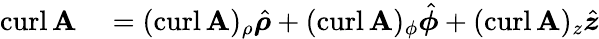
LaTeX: \begin{array}{rl}{\operatorname{curl}\mathbf{A}}&{{}=(\operatorname{curl}\mathbf{A})_{\rho}{\hat{\boldsymbol{\rho}}}+(\operatorname{curl}\mathbf{A})_{\phi}{\hat{\boldsymbol{\phi}}}+(\operatorname{curl}\mathbf{A})_{z}{\hat{\boldsymbol{z}}}}\end{array}